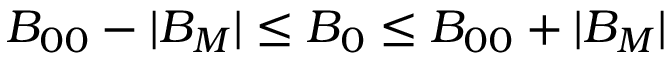
B _ { 0 0 } - | B _ { M } | \le B _ { 0 } \le B _ { 0 0 } + | B _ { M } |